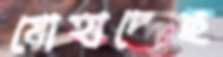
মোহাদ্দেছ